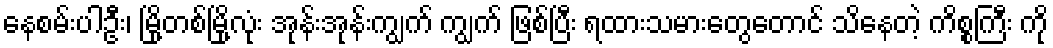
နေစမ်းပါဦး၊ မြို့တစ်မြို့လုံး အုန်းအုန်းကျွက် ကျွက် ဖြစ်ပြီး ရထားသမားတွေတောင် သိနေတဲ့ ကိစ္စကြီး ကို